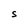
Character: S